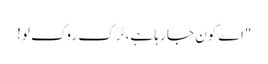
"اے کون جا رہا ہے، ٹرک روک لو!